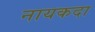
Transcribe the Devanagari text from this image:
नायकदा